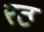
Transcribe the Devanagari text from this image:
रठ